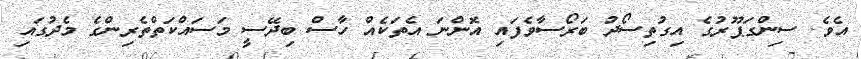
އެވެ. ސިންގަޕޫރުގެ އިގުތިސޯދު ބަރޯސާވެފައި އޮންނަ އެތަކެއް ހާސް ބިދޭސީ މަސައްކަތްތެރިންގެ މެދުގައި